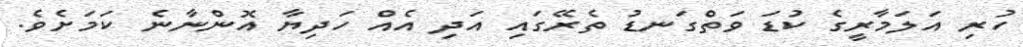
ހުރި އަލަމާރީގެ ކުޑަ ވަތްގަނޑު ތެރޭގައި އަދި އެއް ހަދިޔާ އޮންނާނެ ކަމަށެވެ.